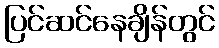
ပြင်ဆင်နေချိန်တွင်